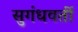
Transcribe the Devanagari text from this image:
सुगंधवर्ती